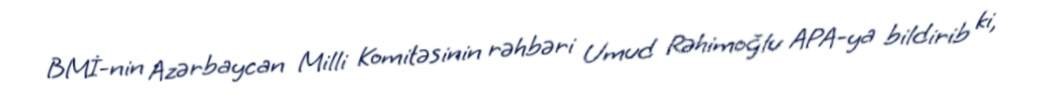
BMİ-nin Azərbaycan Milli Komitəsinin rəhbəri Umud Rəhimoğlu APA-ya bildirib ki,